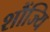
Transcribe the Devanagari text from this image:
शौंज्यि